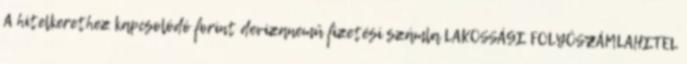
A hitelkerethez kapcsolódó forint devizanemű fizetési számla LAKOSSÁGI FOLYÓSZÁMLAHITEL